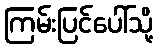
ကြမ်းပြင်ပေါ်သို့